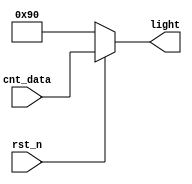
`timescale 1ns / 1ps
//////////////////////////////////////////////////////////////////////////////////
// Company: 
// Engineer: 
// 
// Design Name: 
// Module Name:    ShowLED 
// Project Name: 
// Target Devices: 
// Tool versions: 
// Description: 
//
// Dependencies: 
//
// Revision: 
// Revision 0.01 - File Created
// Additional Comments: 
//
//////////////////////////////////////////////////////////////////////////////////
module ShowLED(
input						rst_n,
input 			[7:0]	cnt_data,
output	reg	[7:0]	light
);


always@(*)
begin
	if(~rst_n)
		light <= 8'h90;
	else
		light <= cnt_data;
end

endmodule